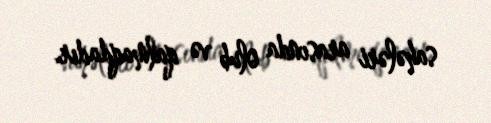
sahələri arasında olub və qalmaqdadır.